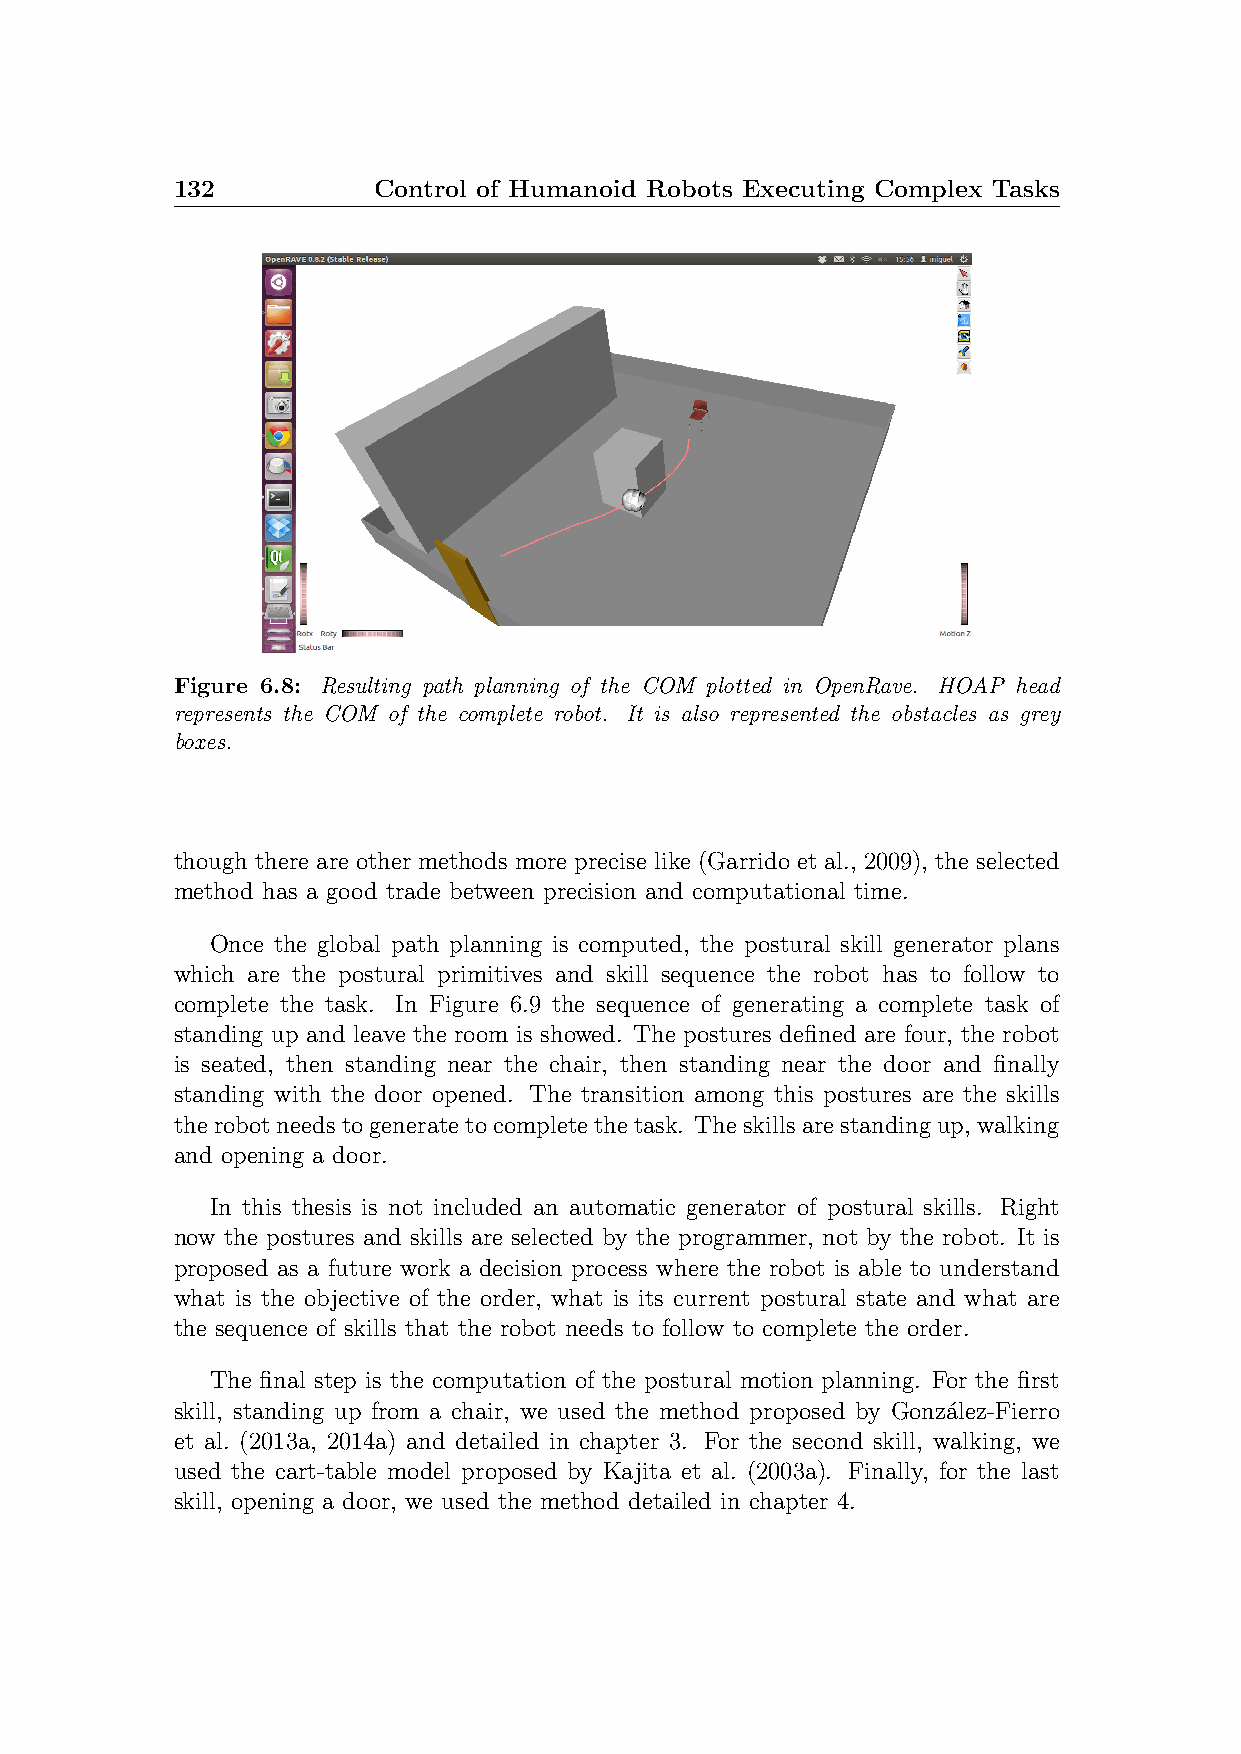
132           Control of Humanoid Robots Executing Complex Tasks
 Figure 6.8: Resulting path planning of the COM plotted in OpenRave. HOAP head
 represents the COM of the complete robot. It is also represented the obstacles as grey
 boxes.
 though there are other methods more precise like (Garrido et al., 2009), the selected
 method has a good trade between precision and computational time.
 Once the global path planning is computed, the postural skill generator plans
 which are the postural primitives and skill sequence the robot has to follow to
 complete the task. In Figure 6.9 the sequence of generating a complete task of
 standing up and leave the room is showed. The postures defined are four, the robot
 is seated, then standing near the chair, then standing near the door and finally
 standing with the door opened. The transition among this postures are the skills
 therobotneedstogeneratetocompletethetask. Theskillsarestandingup, walking
 and opening a door.
 In this thesis is not included an automatic generator of postural skills. Right
 now the postures and skills are selected by the programmer, not by the robot. It is
 proposed as a future work a decision process where the robot is able to understand
 what is the objective of the order, what is its current postural state and what are
 the sequence of skills that the robot needs to follow to complete the order.
 The final step is the computation of the postural motion planning. For the first
 skill, standing up from a chair, we used the method proposed by Gonza´lez-Fierro
 et al. (2013a, 2014a) and detailed in chapter 3. For the second skill, walking, we
 used the cart-table model proposed by Kajita et al. (2003a). Finally, for the last
 skill, opening a door, we used the method detailed in chapter 4.